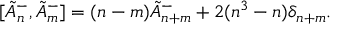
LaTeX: [ \tilde { A } _ { n } ^ { - } , \tilde { A } _ { m } ^ { - } ] = ( n - m ) \tilde { A } _ { n + m } ^ { - } + 2 ( n ^ { 3 } - n ) \delta _ { n + m } .